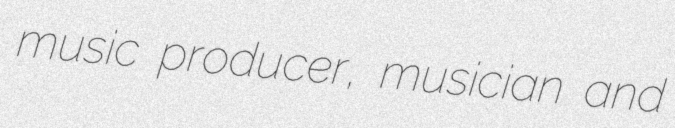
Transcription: music producer, musician and